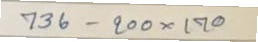
736 - 200 x 170